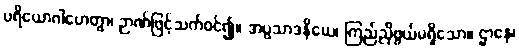
ပရိယောဂါဟေတွာ၊ ဉာဏ်ဖြင့်သက်ဝင်၍။ အပ္ပသာဒနိယေ၊ ကြည်ညိုဖွယ်မရှိသော။ ဌာနေ၊